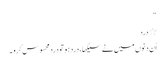
“
٭ درد
اُن دنوں میں نے سیکھا ، درد ہو تو دردمحسوس کرو ۔